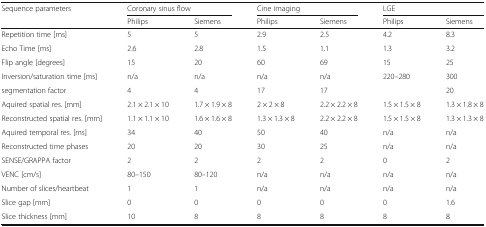
<table><thead><tr><td rowspan="2"><b>Sequence parameters</b></td><td colspan="2"><b>Coronary sinus flow</b></td><td colspan="2"><b>Cine imaging</b></td><td colspan="2"><b>LGE</b></td></tr><tr><td><b>Philips</b></td><td><b>Siemens</b></td><td><b>Philips</b></td><td><b>Siemens</b></td><td><b>Philips</b></td><td><b>Siemens</b></td></tr></thead><tbody><tr><td>Repetition time [ms]</td><td>5</td><td>5</td><td>2.9</td><td>2.5</td><td>4.2</td><td>8.3</td></tr><tr><td>Echo Time [ms]</td><td>2.6</td><td>2.8</td><td>1.5</td><td>1.1</td><td>1.3</td><td>3.2</td></tr><tr><td>Flip angle [degrees]</td><td>15</td><td>20</td><td>60</td><td>69</td><td>15</td><td>25</td></tr><tr><td>Inversion/saturation time [ms]</td><td>n/a</td><td>n/a</td><td>n/a</td><td>n/a</td><td>220–280</td><td>300</td></tr><tr><td>segmentation factor</td><td>4</td><td>4</td><td>17</td><td>17</td><td></td><td>20</td></tr><tr><td>Aquired spatial res. [mm]</td><td>2.1 × 2.1 × 10</td><td>1.7 × 1.9 × 8</td><td>2 × 2 × 8</td><td>2.2 × 2.2 × 8</td><td>1.5 × 1.5 × 8</td><td>1.3 × 1.8 × 8</td></tr><tr><td>Reconstructed spatial res. [mm]</td><td>1.1 × 1.1 × 10</td><td>1.6 × 1.6 × 8</td><td>1.3 × 1.3 × 8</td><td>2.2 × 2.2 × 8</td><td>1.5 × 1.5 × 8</td><td>1.3 × 1.3 × 8</td></tr><tr><td>Aquired temporal res. [ms]</td><td>34</td><td>40</td><td>50</td><td>40</td><td>n/a</td><td>n/a</td></tr><tr><td>Reconstructed time phases</td><td>20</td><td>20</td><td>30</td><td>25</td><td>n/a</td><td>n/a</td></tr><tr><td>SENSE/GRAPPA factor</td><td>2</td><td>2</td><td>2</td><td>2</td><td>0</td><td>2</td></tr><tr><td>VENC [cm/s]</td><td>80–150</td><td>80–120</td><td>n/a</td><td>n/a</td><td>n/a</td><td>n/a</td></tr><tr><td>Number of slices/heartbeat</td><td>1</td><td>1</td><td>n/a</td><td>n/a</td><td>n/a</td><td>n/a</td></tr><tr><td>Slice gap [mm]</td><td>0</td><td>0</td><td>0</td><td>0</td><td>0</td><td>1.6</td></tr><tr><td>Slice thickness [mm]</td><td>10</td><td>8</td><td>8</td><td>8</td><td>8</td><td>8</td></tr></tbody></table>